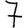
Digit: 7